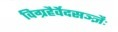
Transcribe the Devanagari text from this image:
विग्रहैर्वेदसञ्ज्ञैः